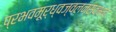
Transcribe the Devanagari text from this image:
प्रभवमूर्ध्वज्वलनस्वभावं